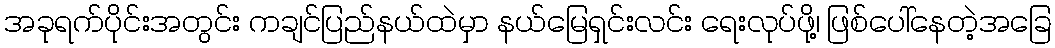
အခုရက်ပိုင်းအတွင်း ကချင်ပြည်နယ်ထဲမှာ နယ်မြေရှင်းလင်း ရေးလုပ်ဖို့၊ ဖြစ်ပေါ်နေတဲ့အခြေ